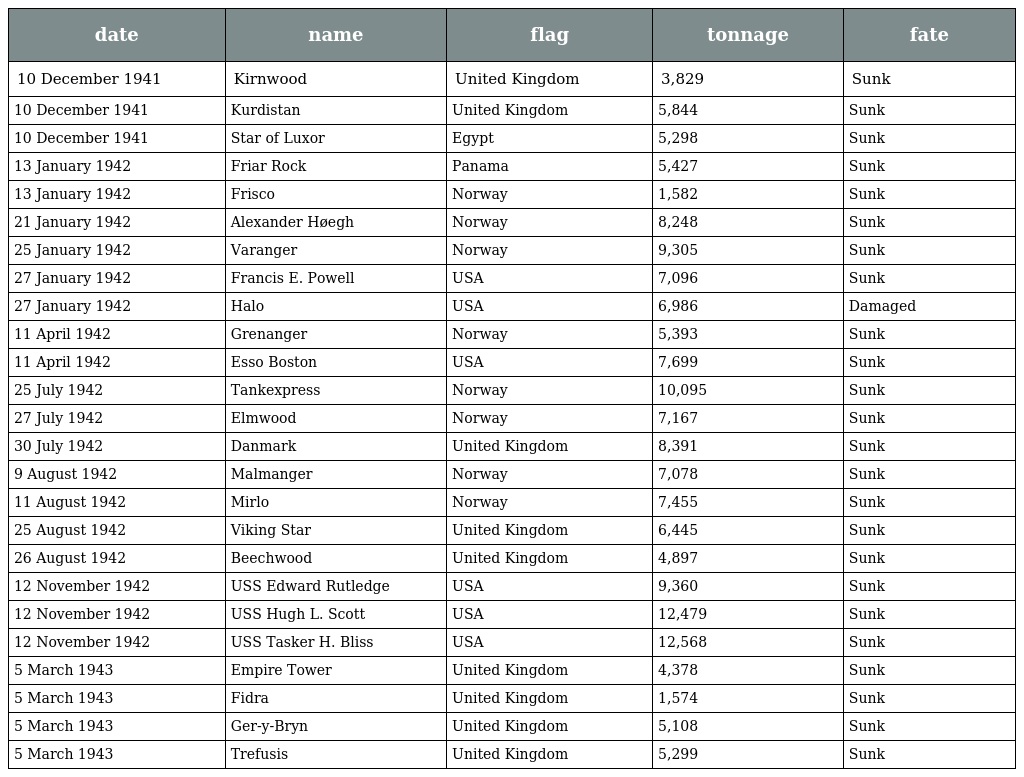
| date | name | flag | tonnage | fate |
 | --- | --- | --- | --- | --- |
 | 10 December 1941 | Kirnwood | United Kingdom | 3,829 | Sunk |
 | 10 December 1941 | Kurdistan | United Kingdom | 5,844 | Sunk |
 | 10 December 1941 | Star of Luxor | Egypt | 5,298 | Sunk |
 | 13 January 1942 | Friar Rock | Panama | 5,427 | Sunk |
 | 13 January 1942 | Frisco | Norway | 1,582 | Sunk |
 | 21 January 1942 | Alexander Høegh | Norway | 8,248 | Sunk |
 | 25 January 1942 | Varanger | Norway | 9,305 | Sunk |
 | 27 January 1942 | Francis E. Powell | USA | 7,096 | Sunk |
 | 27 January 1942 | Halo | USA | 6,986 | Damaged |
 | 11 April 1942 | Grenanger | Norway | 5,393 | Sunk |
 | 11 April 1942 | Esso Boston | USA | 7,699 | Sunk |
 | 25 July 1942 | Tankexpress | Norway | 10,095 | Sunk |
 | 27 July 1942 | Elmwood | Norway | 7,167 | Sunk |
 | 30 July 1942 | Danmark | United Kingdom | 8,391 | Sunk |
 | 9 August 1942 | Malmanger | Norway | 7,078 | Sunk |
 | 11 August 1942 | Mirlo | Norway | 7,455 | Sunk |
 | 25 August 1942 | Viking Star | United Kingdom | 6,445 | Sunk |
 | 26 August 1942 | Beechwood | United Kingdom | 4,897 | Sunk |
 | 12 November 1942 | USS Edward Rutledge | USA | 9,360 | Sunk |
 | 12 November 1942 | USS Hugh L. Scott | USA | 12,479 | Sunk |
 | 12 November 1942 | USS Tasker H. Bliss | USA | 12,568 | Sunk |
 | 5 March 1943 | Empire Tower | United Kingdom | 4,378 | Sunk |
 | 5 March 1943 | Fidra | United Kingdom | 1,574 | Sunk |
 | 5 March 1943 | Ger-y-Bryn | United Kingdom | 5,108 | Sunk |
 | 5 March 1943 | Trefusis | United Kingdom | 5,299 | Sunk |